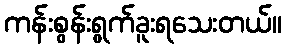
ကန်းစွန်းရွက်ခူးရသေးတယ်။